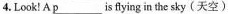
4. Look! A \underline{p}___ is flying in the sky(天空).